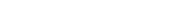
١